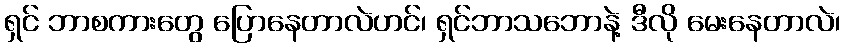
ရှင် ဘာစကားတွေ ပြောနေတာလဲဟင်၊ ရှင်ဘာသဘောနဲ့ ဒီလို မေးနေတာလဲ၊